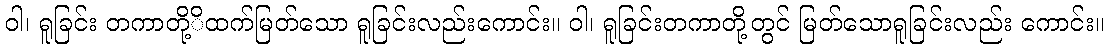
ဝါ၊ ရူခြင်း တကာတို့ိထက်မြတ်သော ရူခြင်းလည်းကောင်း။ ဝါ၊ ရူခြင်းတကာတို့တွင် မြတ်သောရူခြင်းလည်း ကောင်း။